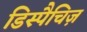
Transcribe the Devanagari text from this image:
डिस्पैचिज़